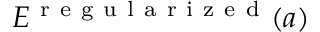
E ^ { \mathrm { ~ r ~ e ~ g ~ u ~ l ~ a ~ r ~ i ~ z ~ e ~ d ~ } } ( a )